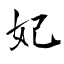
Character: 妃